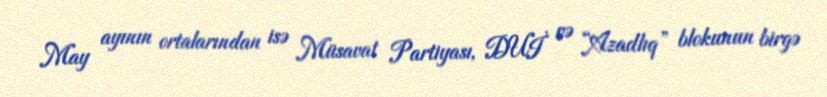
May ayının ortalarından isə Müsavat Partiyası, DUİ və “Azadlıq” blokunun birgə